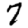
Digit: 7